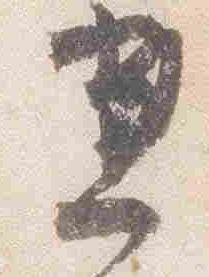
兼